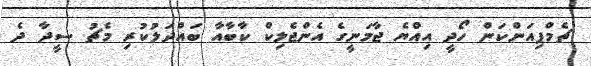
ޗެމްޕިއަންކަން ހޯދީ އިއްޔެ ޖާމަނީގެ އެންޖެލިކް ކާބާއާ ބައްދަލުކުރި މެޗު ސީދާ ދެ